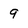
Character: 9